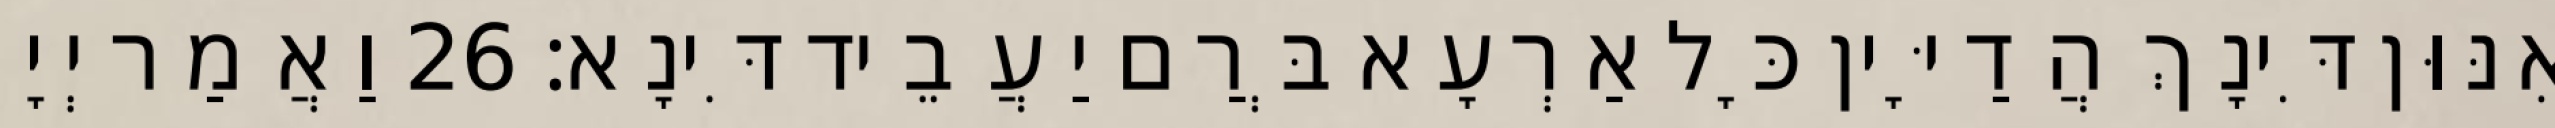
אִנּוּן דִּינָךְ הֲדַיָּין כָּל אַרְעָא בְּרַם יַעֲבֵיד דִּינָא׃ 26 וַאֲמַר יְיָ